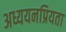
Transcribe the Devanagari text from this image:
अध्ययनप्रियता